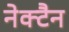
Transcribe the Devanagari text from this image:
नेक्टैन